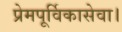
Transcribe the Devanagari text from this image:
प्रेमपूर्विकासेवा।